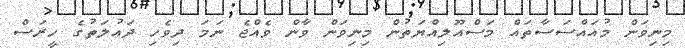
މިނިވަން މުއައްސަސާތައް މަސްއޫލިއްޔަތުން މިނިވަން ވާން ވެއްޖެ ނަމަ ދިވެހި ދައުލަތުގެ ހީރަސް